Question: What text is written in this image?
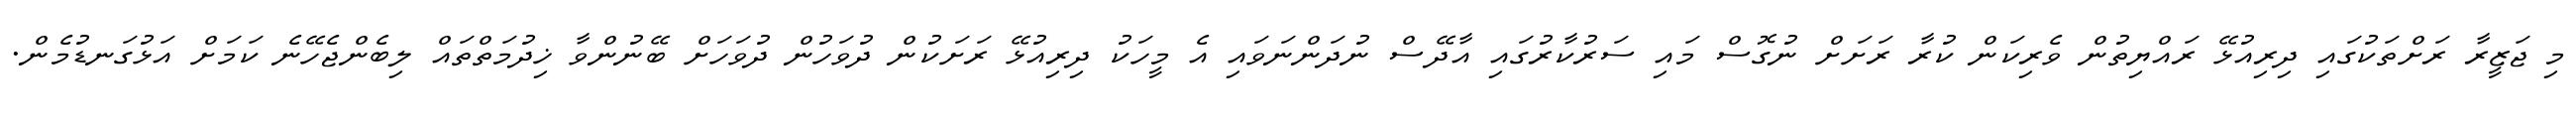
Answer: މި ޖަޒީރާ ރަށްތަކުގައި ދިރިއުޅޭ ރައްޔިތުން ވެރިކަން ކުރާ ރަށަށް ނުގޮސް މައި ސަރުކާރުގައި އާދޭސް ނުދަންނަވައި އެ މީހަކު ދިރިއުޅޭ ރަށަކުން ދުވަހުން ދުވަހަށް ބޭނުންވާ ޚިދުމަތްތައް ލިބެންޖެހޭނެ ކަމަށް އަޅުގަނޑުމެން.